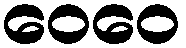
ဝေဝေ